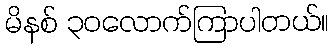
မိနစ် ၃၀လောက်ကြာပါတယ်။